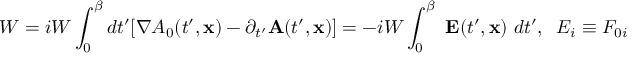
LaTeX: { \bf \nabla } W = i W \int _ { 0 } ^ { \beta } d t ^ { \prime } [ \nabla A _ { 0 } ( t ^ { \prime } , { \bf x } ) - \partial _ { t ^ { \prime } } { \bf A } ( t ^ { \prime } , { \bf x } ) ] = - i W \int _ { 0 } ^ { \beta } ~ { \bf E } ( t ^ { \prime } , { \bf x } ) ~ d t ^ { \prime } , \; \; E _ { i } \equiv F _ { 0 i }